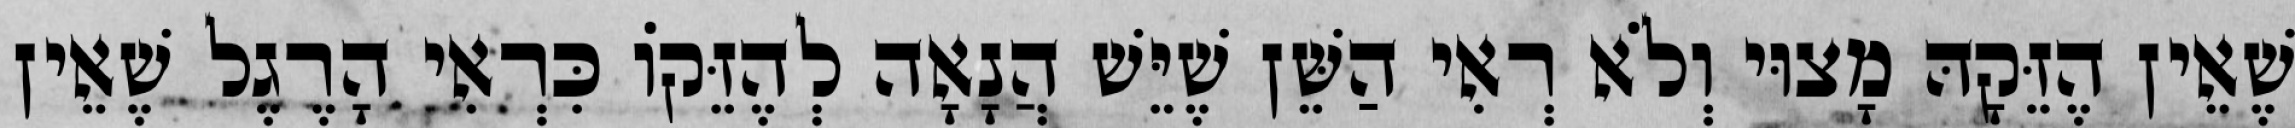
שֶׁאֵין הֶזֵּקָהּ מָצוּי וְלֹא רְאִי הַשֵּׁן שֶׁיֵּשׁ הֲנָאָה לְהֶזֵּקוֹ כִּרְאִי הָרֶגֶל שֶׁאֵין